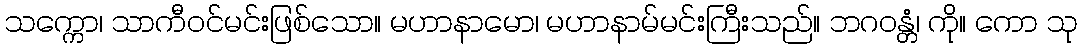
သက္ကော၊ သာကီဝင်မင်းဖြစ်သော။ မဟာနာမော၊ မဟာနာမ်မင်းကြီးသည်။ ဘဂဝန္တံ၊ ကို။ ကော သု